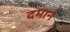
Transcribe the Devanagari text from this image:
दमानं